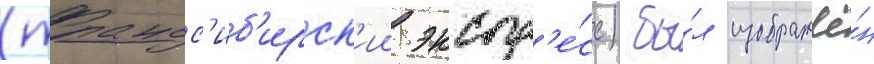
(трансс'иб'ирск'ии экспр'е́сс) бы́л изображё́н